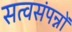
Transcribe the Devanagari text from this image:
सत्वसंपन्नों